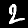
Label: 2